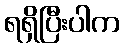
ရရှိပြီးပါက